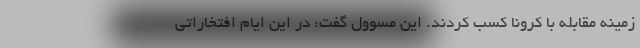
زمینه مقابله با کرونا کسب کردند. این مسوول گفت: در این ایام افتخاراتی